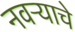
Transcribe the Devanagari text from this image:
नवऱ्याचे